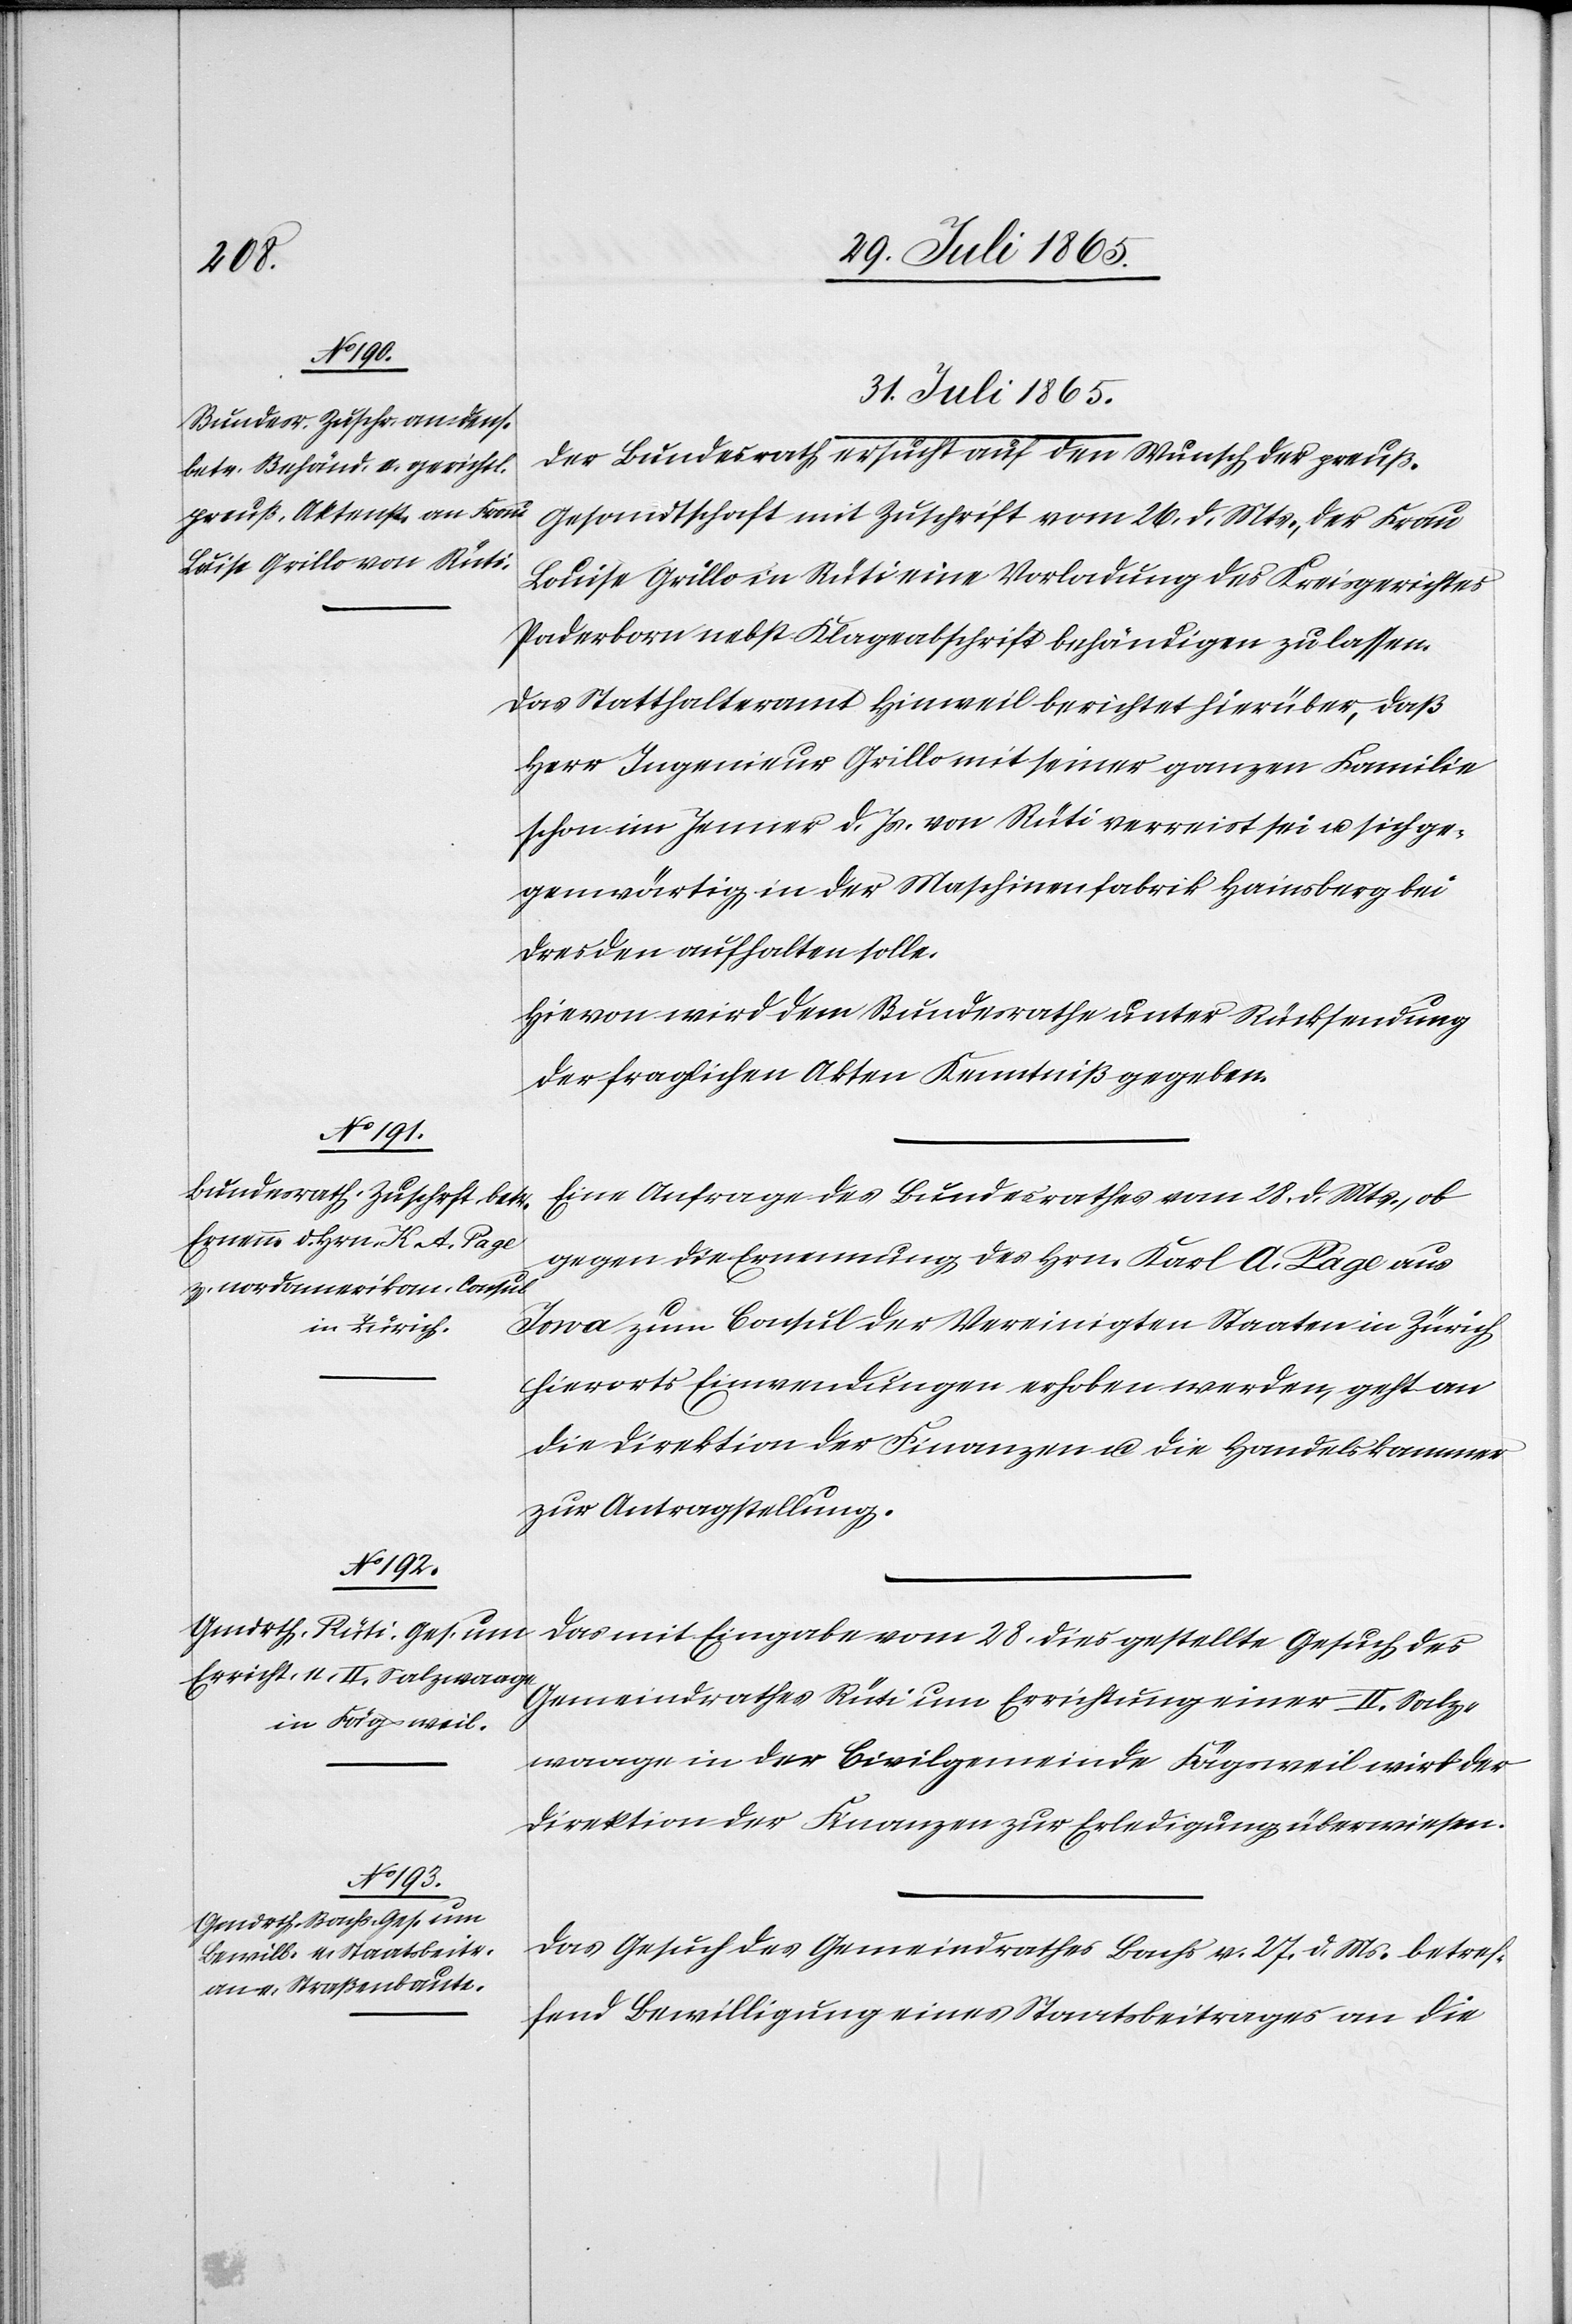
31. Juli 1865.]
Der Bundesrath ersucht auf den Wunsch der preuß.
Gesandtschaft mit Zuschrift vom 26. d. Mts., der Frau
Louise Grillo in Rüti eine Vorladung des Kreisgerichtes
Paderborn nebst Klageabschrift behändigen zu lassen.
Das Statthalteramt Hinweil berichtet hierüber, daß
Herr Ingenieur Grillo mit seiner ganzen Familie
schon im Jenner d. Js. von Rüti verreist sei u. sich ge¬
genwärtig in der Maschinenfabrik Hainsberg bei
Dresden aufhalten solle.
Hievon wird dem Bundesrathe unter Rücksendung
der fraglichen Akten Kenntniß gegeben.
Eine Anfrage des Bundesrathes vom 28. d. Mts., ob
gegen die Ernennung des Hrn. Karl A. Page aus
Iowa zum Consul der Vereinigten Staaten in Zürich
hierorts Einwendungen erhoben werden, geht an
die Direktion der Finanzen u. die Handelskammer
zur Antragstellung.
Das mit Eingabe vom 28. dies gestellte Gesuch des
Gemeindrathes Rüti um Errichtung einer II. Salz¬
waage in der Civilgemeinde Fägsweil wird der
Direktion der Finanzen zur Erledigung überwiesen.
Das Gesuch des Gemeindrathes Bachs v. 27. d. Ms. betref¬
fend Bewilligung eines Staatsbeitrages an die